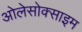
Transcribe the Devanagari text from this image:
ओलेसोक्साइम